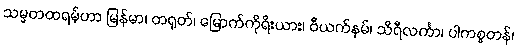
သမ္မတထရမ့်ဟာ မြန်မာ၊ တရုတ်၊ မြောက်ကိုရီးယား၊ ဗီယက်နမ်၊ သိရီလင်္ကာ၊ ပါကစ္စတန်၊